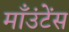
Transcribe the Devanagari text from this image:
माँउंटेंस